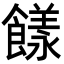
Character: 𩞭